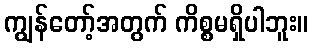
ကျွန်တော့်အတွက် ကိစ္စမရှိပါဘူး။